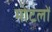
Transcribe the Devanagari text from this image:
मोटलों